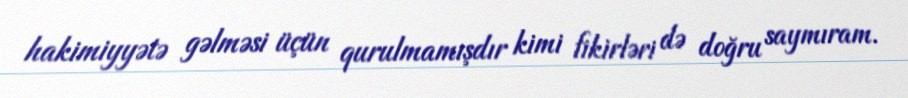
hakimiyyətə gəlməsi üçün qurulmamışdır kimi fikirləri də doğru saymıram.